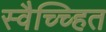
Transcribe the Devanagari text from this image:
स्वैच्च्हित